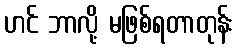
ဟင် ဘာလို့ မဖြစ်ရတာတုန်း